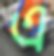
এ